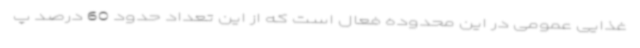
غذایی عمومی در این محدوده فعال است که از این تعداد حدود 60 درصد پ